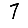
Digit: 7